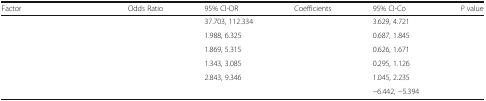
<table><thead><tr><td><b>Factor</b></td><td><b>Odds Ratio</b></td><td><b>95% CI-OR</b></td><td><b>Coefficients</b></td><td><b>95% CI-Co</b></td><td><b><i>P</i> value</b></td></tr></thead><tbody><tr><td>[EMPTY_CELL]</td><td>[EMPTY_CELL]</td><td>37.703, 112.334</td><td>[EMPTY_CELL]</td><td>3.629, 4.721</td><td>[EMPTY_CELL]</td></tr><tr><td>[EMPTY_CELL]</td><td>[EMPTY_CELL]</td><td>1.988, 6.325</td><td>[EMPTY_CELL]</td><td>0.687, 1.845</td><td>[EMPTY_CELL]</td></tr><tr><td>[EMPTY_CELL]</td><td>[EMPTY_CELL]</td><td>1.869, 5.315</td><td>[EMPTY_CELL]</td><td>0.626, 1.671</td><td>[EMPTY_CELL]</td></tr><tr><td>[EMPTY_CELL]</td><td>[EMPTY_CELL]</td><td>1.343, 3.085</td><td>[EMPTY_CELL]</td><td>0.295, 1.126</td><td>[EMPTY_CELL]</td></tr><tr><td>[EMPTY_CELL]</td><td>[EMPTY_CELL]</td><td>2.843, 9.346</td><td>[EMPTY_CELL]</td><td>1.045, 2.235</td><td>[EMPTY_CELL]</td></tr><tr><td>[EMPTY_CELL]</td><td>[EMPTY_CELL]</td><td>[EMPTY_CELL]</td><td>[EMPTY_CELL]</td><td>−6.442, −5.394</td><td>[EMPTY_CELL]</td></tr></tbody></table>